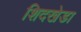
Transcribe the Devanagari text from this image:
शिदखेडा